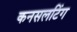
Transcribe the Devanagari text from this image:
कनसलटिंग